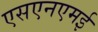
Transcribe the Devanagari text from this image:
एसएनएमई